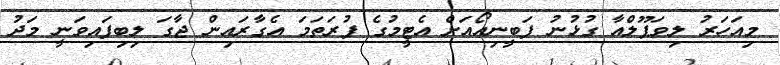
މިއަހަރު ލިވަޕޫލްއާ ގުޅުނު ފަބީނިއޯއަށް އެޓީމުގެ ފުރަތަމަ އެގާރައިން ޖާގަ ލިބިފައިވަނީ މަދު